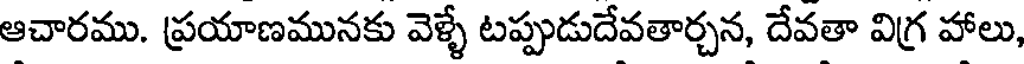
ఆచారము. ప్రయాణమునకు వెళ్ళే టప్పుడుదేవతార్చన, దేవతా విగ్ర హాలు,